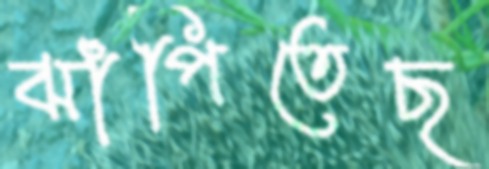
ঝাঁপিতেছ